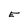
Character: E